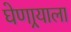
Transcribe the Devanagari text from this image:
घेणार्‍याला